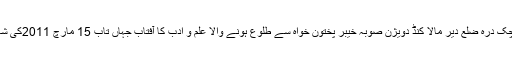
3مئی 1937کو ٹیگرام(بالا)تحصیل چک درہ ضلع دیر مالا کنڈ دویژن صوبہ خیبر پختون خواہ سے طلوع ہونے والا علم و ادب کا آفتاب جہاں تاب 15 مارچ 2011کی شام کو لاہور کے افق پر غروب ہو گیا۔